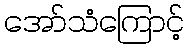
အော်သံကြောင့်